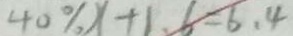
4 0 \% x + 1 . 6 = 6 . 4